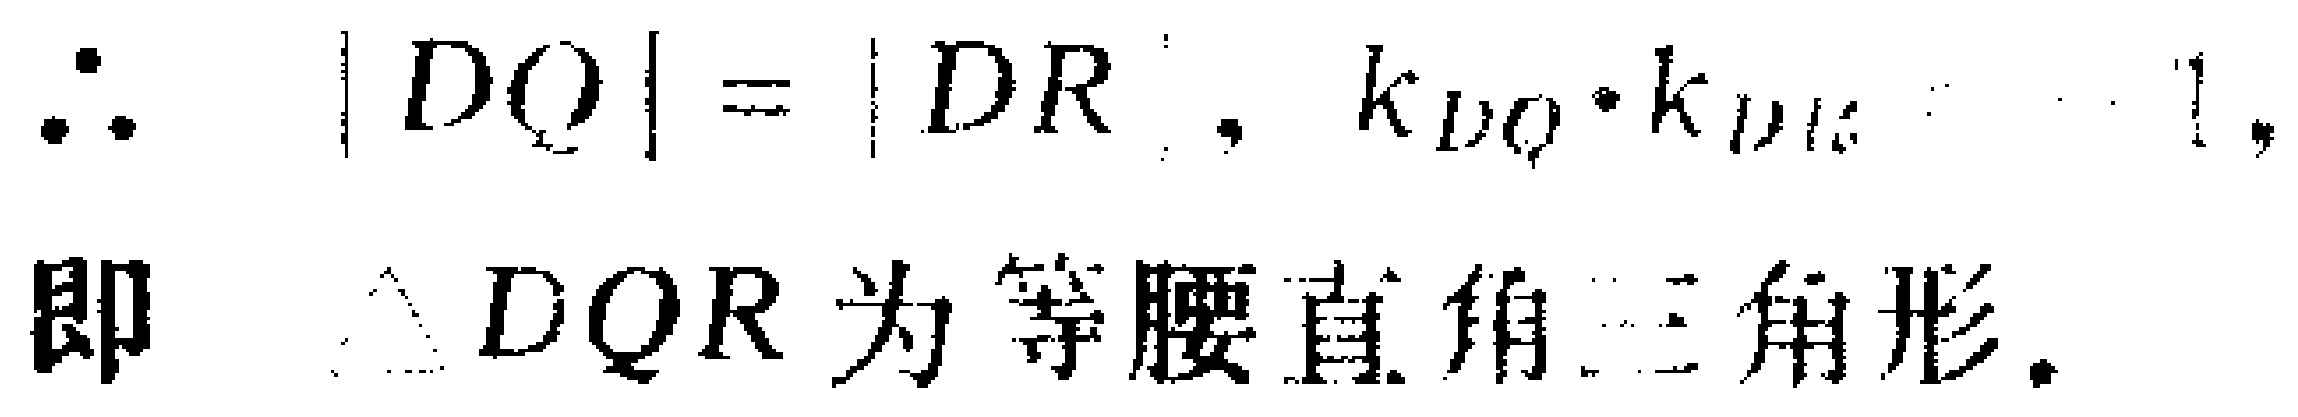
\(\therefore |DQ| = |DR|, k_{DQ}\cdot k_{DR}=- 1,\)
即 \(\triangle DQR\) 为等腰直角三角形.